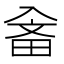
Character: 𤱭